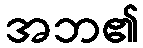
အဘ၏